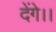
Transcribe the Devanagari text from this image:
देंगे।।